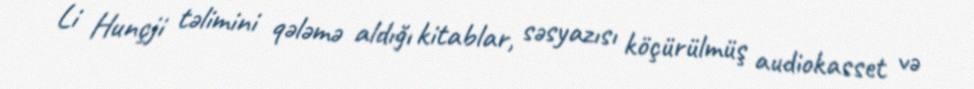
Li Hunçji təlimini qələmə aldığı kitablar, səsyazısı köçürülmüş audiokasset və